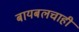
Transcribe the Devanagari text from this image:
बायबलचाही